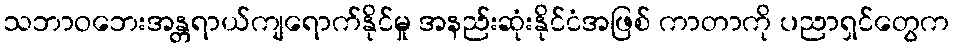
သဘာဝဘေးအန္တရာယ်ကျရောက်နိုင်မှု အနည်းဆုံးနိုင်ငံအဖြစ် ကာတာကို ပညာရှင်တွေက